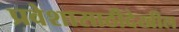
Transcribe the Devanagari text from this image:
प्रवेशासाठीदेखील